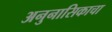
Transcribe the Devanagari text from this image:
अनुनासिकाचा